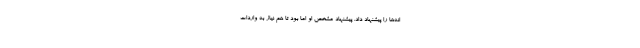
انه‌ها را پیشنهاد داد. پیشنهاد مشخص او اما بود تا هم نیاز به واردات